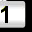
Digit: 1